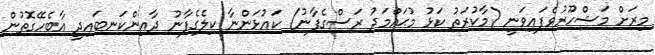
މިރަށް މަޝްހޫރުވެފައިވަނީ (މާކުރަތު ކަޅު މުޙައްމަދު ރަސްގެފާނު) ކައުޅަންނާ ކިލެގެފާނު ދާއިންކަނބައިދީ އާބެހޭގޮތުން